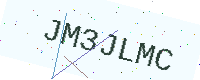
Text: JM3JLMC